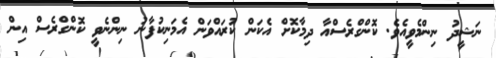
ނަޝީދު ނިންމެވީއެވެ. ކޮންގްރެސްއާ ދިމާކޮށް އެކަން ކުރައްވަން އެމަނިކުފާނު ނިންނެވީ ކޮންގްރެސް އިން